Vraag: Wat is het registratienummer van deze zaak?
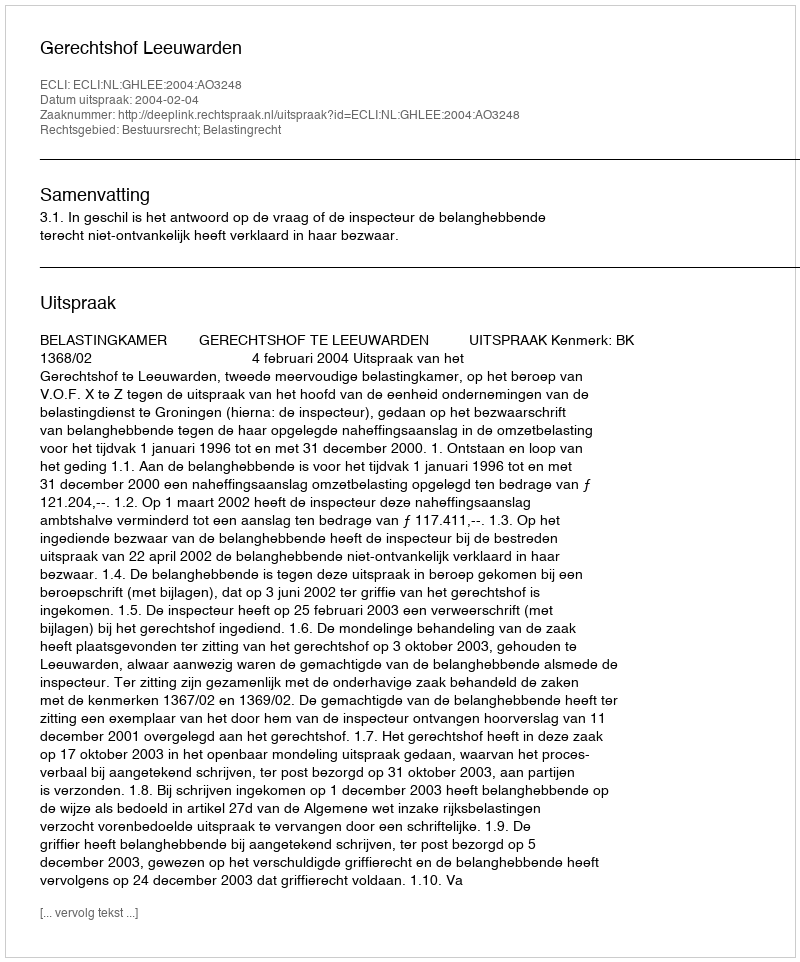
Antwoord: http://deeplink.rechtspraak.nl/uitspraak?id=ECLI:NL:GHLEE:2004:AO3248